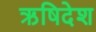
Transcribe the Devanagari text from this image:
ऋषिदेश